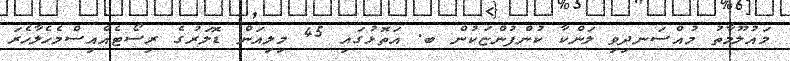
މައުލޫމާތު މުއްސަނދިވި ލަންކާ ކުންފުންޏަކުން ބ. އަތޮޅުގައި 45 މިލިއަން ޑޮލަރުގެ ރިސޯޓެއްއިސްމެހެލާހެރަ